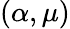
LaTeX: (\alpha,\mu)